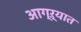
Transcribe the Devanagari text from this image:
आग्ऱ्यात